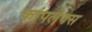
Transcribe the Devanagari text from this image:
कांपलेक्स